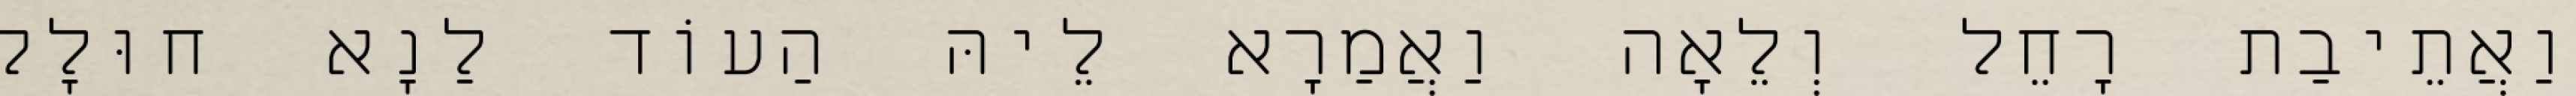
וַאֲתֵיבַת רָחֵל וְלֵאָה וַאֲמַרָא לֵיהּ הַעוֹד לַנָא חוּלָק